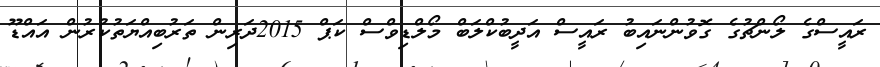
ރައީސްގެ ލޯންޗުގެ ގޮވުންނައިބު ރައީސް އަދީބުކްލަބް މޯލްޑިވްސް ކަޕް 2015ދަރިން ތަރުބިއްޔަތުކުރުން އައްޑޫ